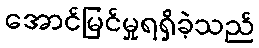
အောင်မြင်မှုရရှိခဲ့သည်